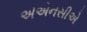
એએનસીએ